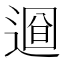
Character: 𨕚